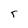
Character: T